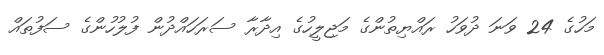
މަހުގެ 24 ވަނަ ދުވަހު ރައްޔިތުންގެ މަޖިލީހުގެ އިދާރާ ސަރަހައްދުން ފުލުހުންގެ ސަފުތައް